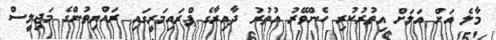
މާލެ އަށް އަލަށް އިތުރުކުރި ހެންވޭރު އުތުރު ދާއިރާގެ ޕްރައިމަރީގައި ރައްޔިތުންގެ މަޖިލީސް